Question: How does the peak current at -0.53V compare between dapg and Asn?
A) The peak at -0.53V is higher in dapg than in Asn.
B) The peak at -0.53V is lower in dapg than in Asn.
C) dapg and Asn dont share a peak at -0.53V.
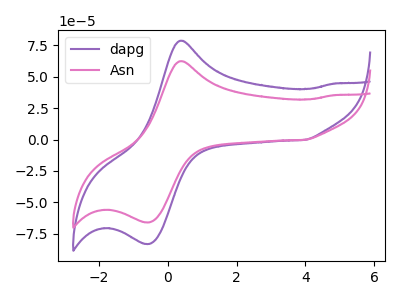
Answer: <think>The purple curve "dapg" has an anodic peak at (0.40V, 78.70uA) and a cathodic peak at (-0.55V, -83.05uA). The pink curve "Asn" has an anodic peak at (0.40V, 62.40uA) and a cathodic peak at (-0.55V, -65.90uA).</think>
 <answer>A) The peak at -0.53V is higher in "dapg" than in "Asn".</answer>
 <eval>A</eval>